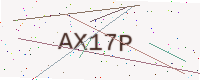
Text: AX17P